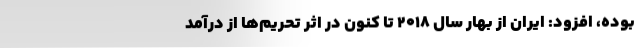
بوده، افزود: ایران از بهار سال 2018 تا کنون در اثر تحریم‌ها از درآمد